Annual administration report of the Civil Veterinary Department of India - 1899-1900
Year: 1899
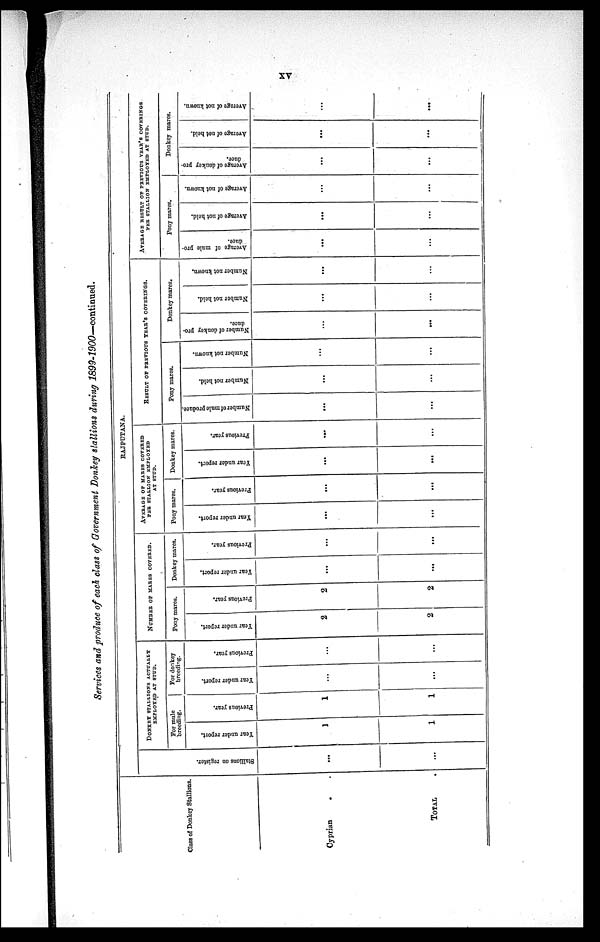
xv
Services and produce of each class of Government Donkey stallions during 1899-1900—continued.
Class of Donkey Stallions.
Cyprian
. .
TOTAL.
RAJPUTANA.
Stallions on register.
...
...
DONKEY STALLIONS ACTUALLY
EMPLOYED AT STUD.
For mule
breeding.
Year under report.
1
1
Previous year.
1
1
For donkey
breeding.
Year under report.
...
...
Previous year.
...
...
NUMBER OF MARES COVERED.
Pony mares.
Year under report.
2
2
Previous year.
2
2
Donkey mares.
Year under report.
...
...
Previous year.
...
...
AVERAGE OF MARES COVERED PER STALLION EMPLOYED
AT STUD.
Pony mares.
Year under report.
...
...
Previous year.
...
...
Donkey mares.
Year under report.
...
...
Previous year.
...
...
RESULT OF PREVIOUS YEAR'S COVERINGS.
Pony marcs.
Number of mule produce.
...
...
Number not held.
...
...
Number not known.
...
...
Donkey mares.
Number of donkey pro-
duce.
...
...
Number not held.
...
...
Number not known.
...
...
AVERAGE RESULT OF PREVIOUS YEAR'S COVERINGS PE
Pony mares.
Average of mule pro-
duce.
...
...
Average of not held.
...
...
Average of not known.
...
...
Donkey mares.
Average of donkey pro-
duce.
...
...
Average of not held.
...
...
Average of not known.
...
...